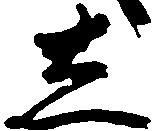
し